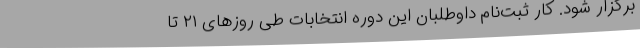
برگزار شود. کار ثبت‌نام داوطلبان این دوره انتخابات طی روزهای ۲۱ تا